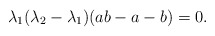
\begin{align*}\lambda_1(\lambda_2-\lambda_1)(ab-a-b)=0.\end{align*}